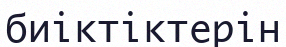
биіктіктерін